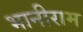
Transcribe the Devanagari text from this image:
भानीराम